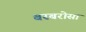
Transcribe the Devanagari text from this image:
बरबरोसा